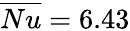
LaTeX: \overline{{Nu}}=6.43